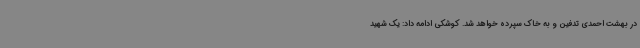
در بهشت احمدی تدفین و به خاک سپرده خواهد شد. کوشکی ادامه داد: یک شهید